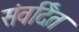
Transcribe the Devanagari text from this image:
संवर्दित